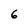
Character: 6